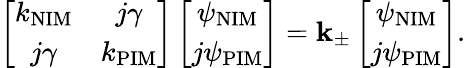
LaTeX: \left[\begin{array}{cc}{k_{\mathrm{NIM}}}&{j\gamma}\\ {j\gamma}&{k_{\mathrm{PIM}}}\end{array}\right]\left[\begin{array}{cc}{\psi_{\mathrm{NIM}}}\\ {j\psi_{\mathrm{PIM}}}\end{array}\right]=\mathbf{k}_{\pm}\left[\begin{array}{cc}{\psi_{\mathrm{NIM}}}\\ {j\psi_{\mathrm{PIM}}}\end{array}\right].